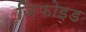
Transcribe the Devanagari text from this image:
ज़िफोइड